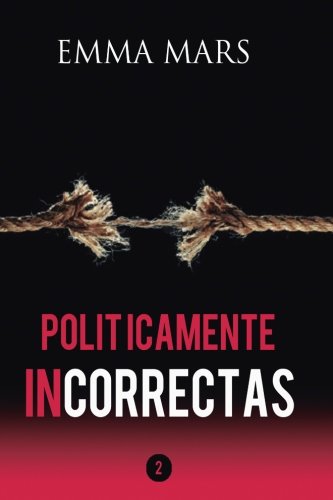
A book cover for Politicamente Incorrectas 2 (Volume 2) (Spanish Edition); Emma Mars; Teen & Young Adult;